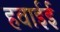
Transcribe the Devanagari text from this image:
हवाईई